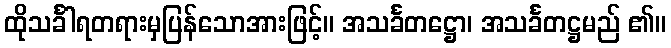
ထိုသင်္ခါရတရားမှပြန်သောအားဖြင့်။ အသင်္ခတဋ္ဌော၊ အသင်္ခတဋ္ဌမည် ၏။